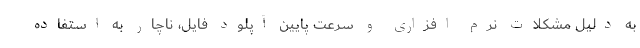
به دلیل مشکلات نرم افزاری و سرعت پایین آپلود فایل، ناچار به استفاده